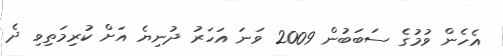
އެހެން ވުމުގެ ސަބަބުން 2009 ވަނަ އަހަރު ދުނިޔެ އަށް ކުރިމަތިވި ދެ